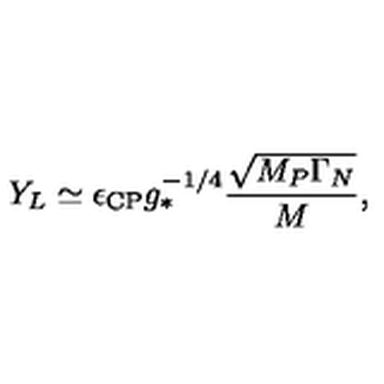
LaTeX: Y _ { L } \simeq \epsilon _ { \mathrm { C P } } g _ { * } ^ { - 1 / 4 } \frac { \sqrt { M _ { P } \Gamma _ { N } } } { M } ,